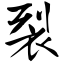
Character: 裂